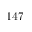
1 4 7